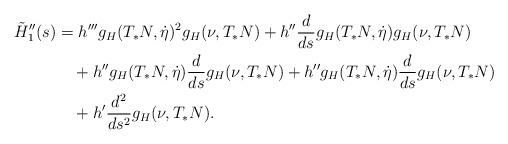
LaTeX: \begin{align*}\tilde H''_1(s)&=h'''g_H(T_* N,\dot\eta)^2g_H(\nu,T_*N)+h''\frac{d}{ds}g_H(T_*N,\dot\eta)g_H(\nu,T_*N)\\&\quad+h''g_H(T_*N,\dot\eta)\frac{d}{ds}g_H(\nu,T_*N)+h''g_H(T_*N,\dot\eta)\frac{d}{ds}g_H(\nu,T_*N)\\&\quad+h'\frac{d^2}{ds^2}g_H(\nu,T_*N).\end{align*}